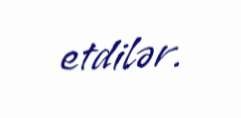
etdilər.